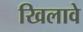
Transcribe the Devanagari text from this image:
खिलावे